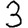
Digit: 3